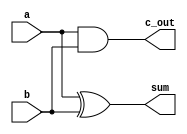
`timescale 1ns / 1ps
//////////////////////////////////////////////////////////////////////////////////
// Company: 
// 
// Design Name:     Half Adder (R/C)
// Module Name:     Add_Half 
// Project Name:    4-bit Full Adder
// Target Devices:
// Tool versions: 
// Description: 
//              Half Adder for use in a full adder
//
// Dependencies: None
//
// Revision: 
// Revision 0.01 - File Created
// Additional Comments: 
//
//////////////////////////////////////////////////////////////////////////////////
module Add_Half(sum, c_out, a, b);

    input a, b;
    output sum, c_out;

    xor(sum,a,b);       //only need gate primitives
    and(c_out,a,b);

endmodule